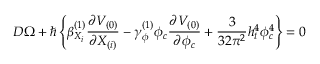
D \Omega + \hbar \left\{ \beta _ { X _ { i } } ^ { ( 1 ) } \frac { \partial V _ { ( 0 ) } } { \partial X _ { ( i ) } } - \gamma _ { \phi } ^ { ( 1 ) } \phi _ { c } \frac { \partial V _ { ( 0 ) } } { \partial \phi _ { c } } + \frac { 3 } { 3 2 \pi ^ { 2 } } h _ { t } ^ { 4 } \phi _ { c } ^ { 4 } \right\} = 0